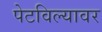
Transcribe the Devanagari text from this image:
पेटविल्यावर